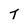
Character: T